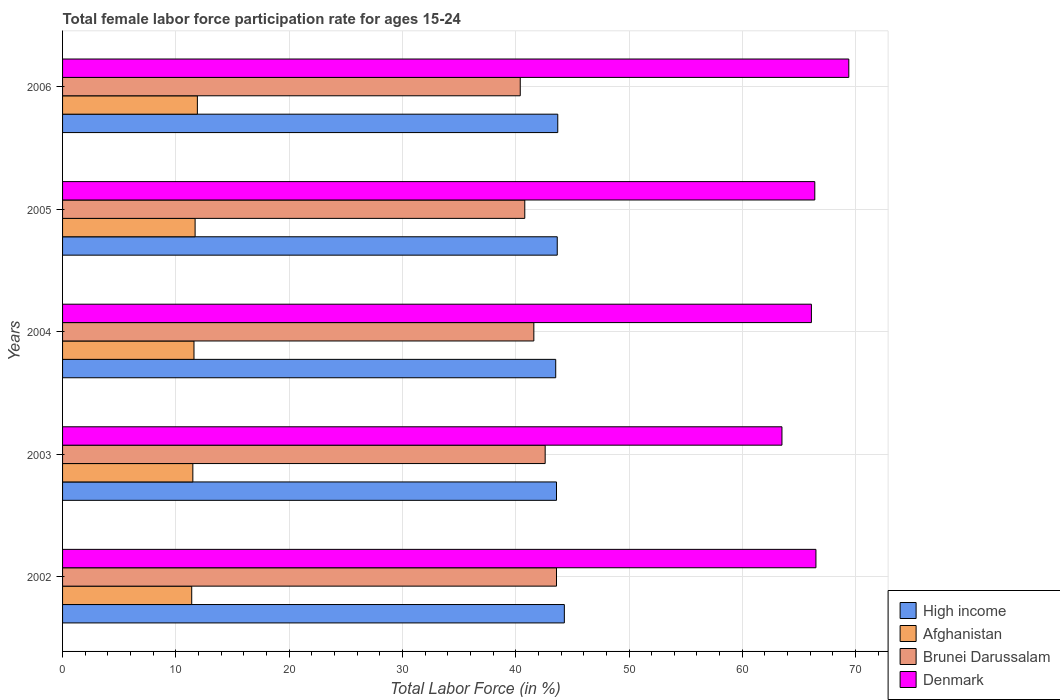
| Years | High income | Afghanistan | Brunei Darussalam | Denmark |
 | --- | --- | --- | --- | --- |
 | 2002 | 44.3 | 11.4 | 43.6 | 66.5 |
 | 2003 | 43.6 | 11.5 | 42.6 | 63.5 |
 | 2004 | 43.5 | 11.6 | 41.6 | 66.1 |
 | 2005 | 43.7 | 11.7 | 40.8 | 66.4 |
 | 2006 | 43.7 | 11.9 | 40.4 | 69.4 |